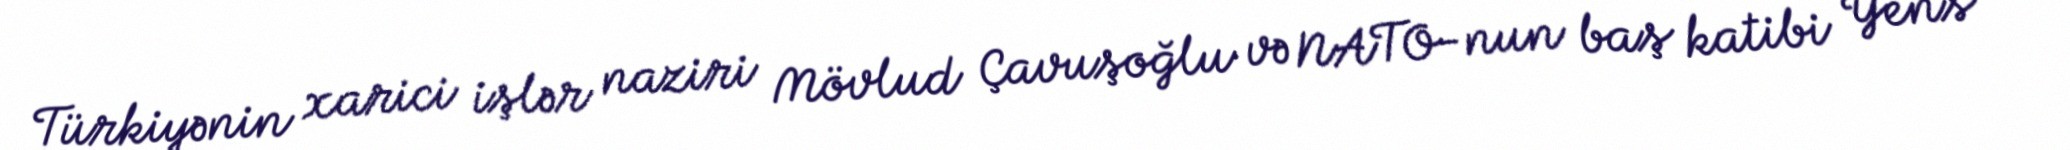
Türkiyənin xarici işlər naziri Mövlud Çavuşoğlu və NATO-nun baş katibi Yens